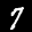
Label: 7